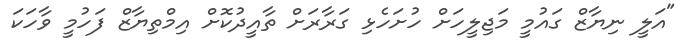
"އަލީ ނިޔާޒް ގައުމީ މަޖިލީހަށް ހުށަހެޅި ގަރާރަށް ތާއީދުކޮށް އިމްތިޔާޒް ފަހުމީ ވާހަކަ